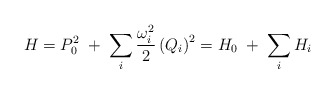
\begin{align*}H = P_0^2 \; + \; \sum_i \frac{\omega_i^2}{2} \left( Q_i \right)^2 = H_0 \; + \; \sum_i H_i\end{align*}